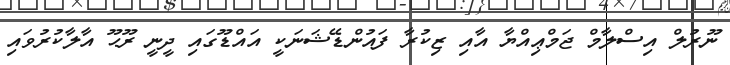
ނޫރުލް އިސްލާމް ޖަމްޢިއްޔާ އާއި ޒިކުރާ ފައުންޑޭޝަނަކީ އައްޑޫގައި ދީނީ ރޫޙޫ އާލާކުރުވައި